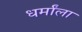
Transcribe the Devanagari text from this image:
धर्मांला